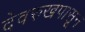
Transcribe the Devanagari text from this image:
देवरुखपासून